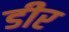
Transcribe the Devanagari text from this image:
डीर